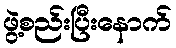
ဖွဲ့စည်းပြီးနောက်